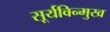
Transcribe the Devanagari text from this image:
सूर्यविन्मुख